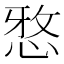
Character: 𫺗